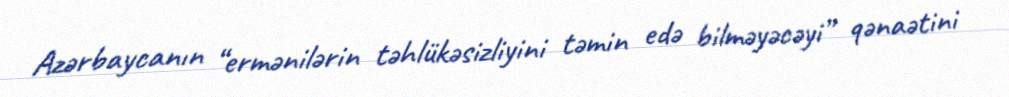
Azərbaycanın “ermənilərin təhlükəsizliyini təmin edə bilməyəcəyi” qənaətini